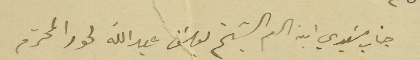
جناب سَيدي ابن العم الشيخ يوسَف عبدالله لحود المحترم